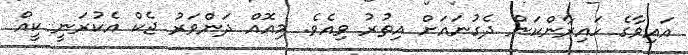
އައިވާގެ ހައިރާންކަން ދެގުނައަށް އިތުރު ވިއެވެ. މިއޮއް ދަންވަރު ޖެކް އެކުރަނީ ކީއް